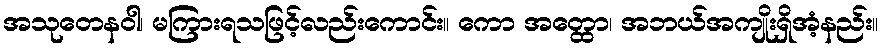
အသုတေနဝါ၊ မကြားရသဖြင့်လည်းကောင်း။ ကော အတ္ထော၊ အဘယ်အကျိုးရှိအံ့နည်း။